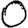
Digit: 0